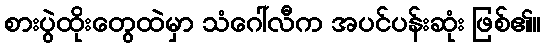
စားပွဲထိုးတွေထဲမှာ သံဂေါ်လီက အပင်ပန်းဆုံး ဖြစ်၏။